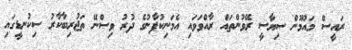
ރައީސް މައުމޫން ސިޔާސީ ރޭވުންތައް ރާއްވަވައި އެމަނިކުފާނުގެ ދުރު ވިސްނޭ ތަޖުރިބާކާރު ސިކުނޑީގައި